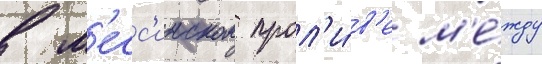
в м'есс'инском прол'и́в'е м'е́жду